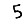
Digit: 5